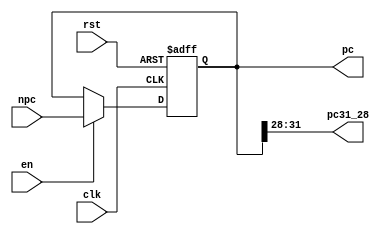
`timescale 1ns / 1ps
//////////////////////////////////////////////////////////////////////////////////
// Company: 
// Engineer: 
// 
// Design Name: 
// Module Name: PC
// Project Name: 
// Target Devices: 
// Tool Versions: 
// Description: 
// 
// Dependencies: 
// 
// Revision:
// Revision 0.01 - File Created
// Additional Comments:
// 
//////////////////////////////////////////////////////////////////////////////////


module PC(
    input               clk,
    input               rst,
    input               en,
    input       [31:0]  npc,

    output  reg [31:0]  pc,
    output  [3:0]       pc31_28
    );
    assign pc31_28 = pc[31:28]; 
initial pc = 32'h0040_0000;
always@(negedge clk,posedge rst)
begin
    if(rst)
        pc <= 32'h0040_0000;
    else if(en) begin
        pc <= npc;
    end
    
end
endmodule